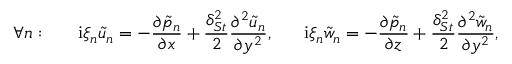
\forall n : \ \ \ \ \ \mathrm { i } \xi _ { n } \tilde { u } _ { n } = - \frac { \partial \tilde { p } _ { n } } { \partial x } + \frac { \delta _ { S t } ^ { 2 } } { 2 } \frac { \partial ^ { 2 } \tilde { u } _ { n } } { \partial y ^ { 2 } } , \ \ \ \ \ \mathrm { i } \xi _ { n } \tilde { w } _ { n } = - \frac { \partial \tilde { p } _ { n } } { \partial z } + \frac { \delta _ { S t } ^ { 2 } } { 2 } \frac { \partial ^ { 2 } \tilde { w } _ { n } } { \partial y ^ { 2 } } ,